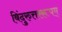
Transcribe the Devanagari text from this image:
बिंदुरुत्तररूपम्